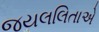
જયલલિતાએ